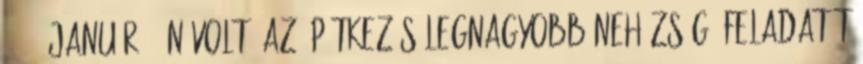
2010. január 4-én volt. Az építkezés legnagyobb nehézségű feladatát